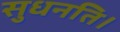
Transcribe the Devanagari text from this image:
सुधनति।